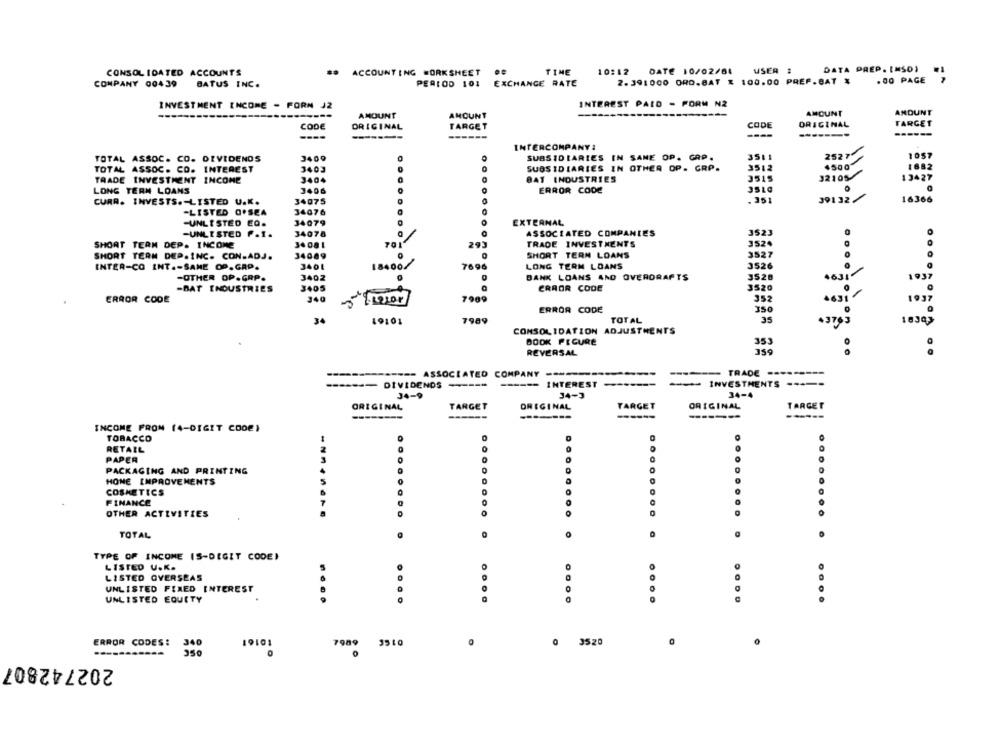
DATA PREP. [MSO)
CONSOLIDATED ACCOUNTS
#* ACCOUNTING WORKSHEET
TINE
10:12 DATE 10/02/84 USER #
PERIOD 101 EXCHANGE RATE
2.391000 ORO.8AT 1 100.00 PREF.BAT *
. 00 PAGE
COMPANY 00439
BATUS INC.
INVESTMENT INCOME - FORN J2
INTEREST PAID - FORM N2
AMOUNT
ANDUNT
AMOUNT
AMOUNT
CODE
ORIGINAL
TARGET
CODE
ORIGINAL
TARGET
----
-------
.. 4.6.6 .... 1.14
INTERCOMPANY:
J409
SUBSIDIARIES IN SAME OP. GAP.
3511
25274
1057
TOTAL ASSOC. CO. DIVIDENDS
TOTAL ASSOC. CD. INTEREST
3403
SUBSIDIARIES IN OTHER OP. GRP.
3512
4500
1882
TRADE INVESTMENT INCOME
3404
BAT INDUSTRIES
3515
32105
13427
LONG TERM LOANS
3406
ERROR CODE
CURR. INVESTS .- LISTED U.K.
34075
. 351
39132/
16366
-LISTED OFSEA
34076
-UNLISTED EQ.
34079
EXTERNAL
34078
ASSOCIATED COMPANIES
-UNLISTED F.I.
3523
SHORT TERM DEP. INCOME
34 08 1
701
293
TRADE INVESTMENTS
3524
34089
SHORT TERM LOANS
3527
SHORT TERM DEP.INC. CON.ADJ.
INTER-CO INT .- SAME OP.GAP.
3401
18400/
7696
LONG TERM LOANS
3526
-OTHER OP.GRP.
3402
BANK LOANS AND OVERDRAFTS
3528
-BAT INDUSTRIES
3405
ERROR CODE
3520
ERROR CODE
340
7909
352
ERROR CODE
350
34
19101
7989
TOTAL
35
CONSOLIDATION ADJUSTMENTS
BOOK FIGURE
REVERSAL
359
--- ASSOCIATED COMPANY ----------
------- TRADE --------
--- DIVIDENDS -----
------
INTEREST -----
- INVESTMENTS
---
34-9
34-
34-4
ORIGINAL
TARGET
ORIGINAL
TARGET
ORIGINAL
TARGET
------
-----
------
-----
INCOME FROM (4-DIGIT CODE)
TOBACCO
RETAIL
PAPER
O
PACKAGING AND PRINTING
HOME IMPROVEMENTS
COSMETICS
FINANCE
OTHER ACTIVITIES
0
0
TOTAL
.
TYPE OF INCOME IS-DIGIT CODE)
LISTED U.K.
0
LISTED OVERSEAS
UNLISTED FIXED INTEREST
UNLISTED EQUITY
....
ERROR CODES:
340
19101
3510
0 3520
7989
350
0
202742807